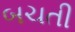
બચતી